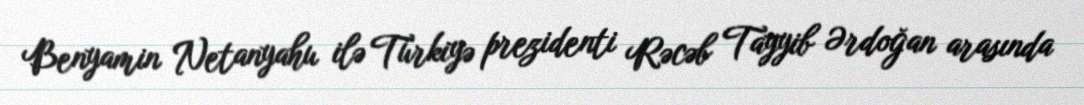
Benyamin Netanyahu ilə Türkiyə prezidenti Rəcəb Tayyib Ərdoğan arasında